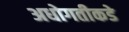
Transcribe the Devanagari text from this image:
अधोगतीकडे